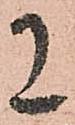
に